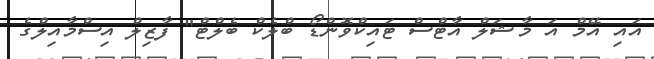
އައި އޭމް އަ މާޝަލް އާޓްސް ޓައިކްވޮންޑޯ ބްލެކް ބެލްޓް" ފާޒިލް އިސްމާއިލްގެ